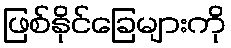
ဖြစ်နိုင်ခြေများကို